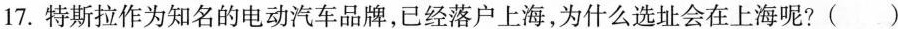
17.特斯拉作为知名的电动汽车品牌，已经落户上海，为什么选址会在上海呢？